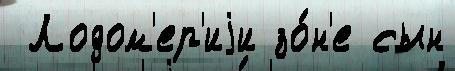
 Лодом'ер'иjи зо́н'е сын